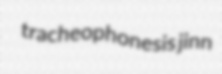
tracheophonesis jinn